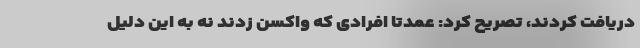
دریافت کردند، تصریح کرد: عمدتا افرادی که واکسن زدند نه به این دلیل